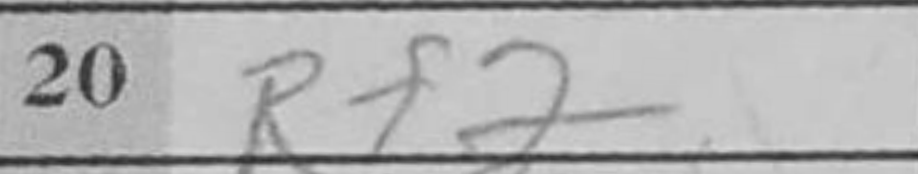
Transcription: Rf2